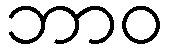
ဘာဝ